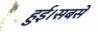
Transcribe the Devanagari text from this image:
हुई।सबसे